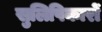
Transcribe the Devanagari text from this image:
सुलिपिकारों